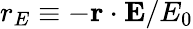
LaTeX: r_{E}\equiv-\mathbf{r}\cdot\mathbf{E}/E_{0}